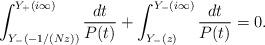
LaTeX: \begin{align*}\int^{Y_{+}(i\infty)}_{Y_{-}\left(-1/(Nz)\right)}\frac{dt}{P(t)}+\int^{Y_{-}(i\infty)}_{Y_{-}(z)}\frac{dt}{P(t)}=0.\end{align*}